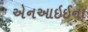
એનઆઇઈના